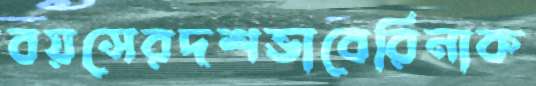
বয়সেরদশভাবেরিনাক